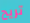
تريح